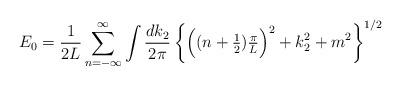
LaTeX: \begin{align*}E_0=\frac{1}{2L}\sum_{n=-\infty}^\infty\int\frac{dk_2}{2\pi}\left\{\Big((n+\mbox{$\frac{1}{2}$})\mbox{$\frac{\pi}{L}$}\Big)^2+k_2^2+m^2\right\}^{1/2}\end{align*}